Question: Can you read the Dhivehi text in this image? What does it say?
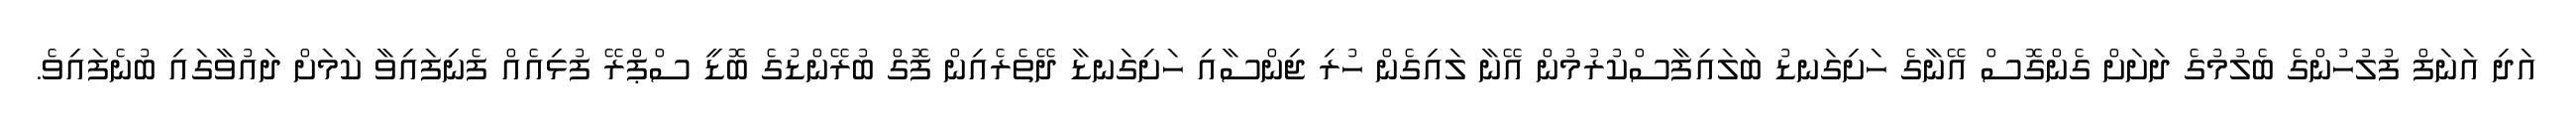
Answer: އަދި އަނަފް ފުލުހުންގެ ބެލުމުގެ ދަށަށް ގެންގޮސް އޭނާގެ ހަށިގަނޑު ބަލައިފާސްކުރުމުން އޭނާ ލައިގެން ހުރި ޖިންސާއި ހަށިގަނޑާ ދޭތެރެއިން ފޮގް ބުރޭންޑުގެ ބޮޑީ ސްޕްރޭ ފުޅިއެއް ފެނިފައިވާ ކަމަށް ދައުވާގައި ބުނެފައިވެ.